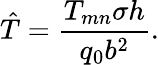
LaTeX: \hat{T}=\frac{T_{mn}\sigma h}{q_{0}b^{2}}.